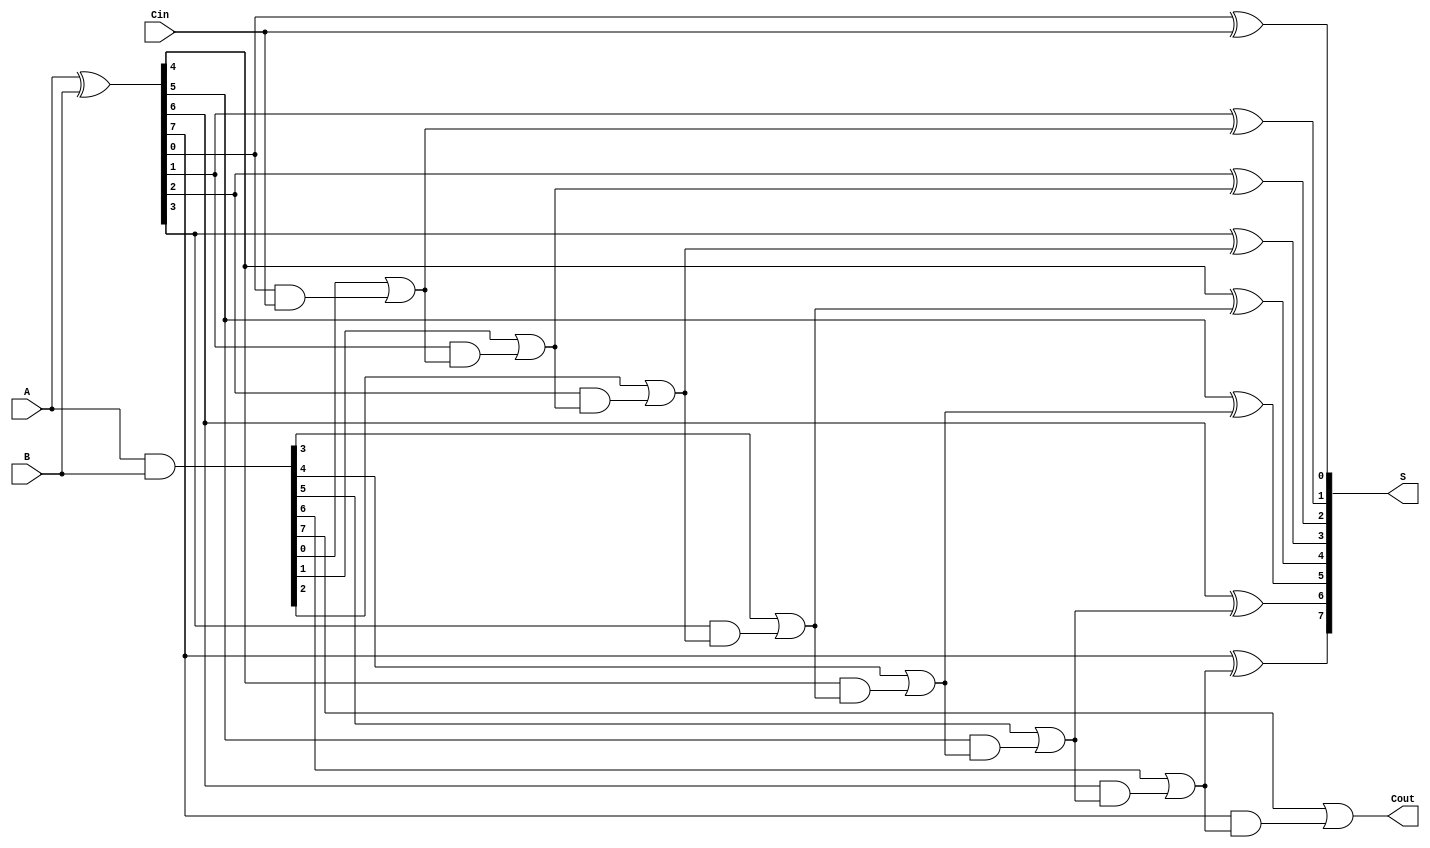
module KoggeStoneAdder #(parameter N = 8) (
    input  [N-1:0] A,      // First input
    input  [N-1:0] B,      // Second input
    input         Cin,      // Input carry
    output [N-1:0] S,       // Sum output
    output        Cout      // Output carry
);

// Generate and Propagate signals
wire [N-1:0] G; // Generate
wire [N-1:0] P; // Propagate
wire [N:0] C;    // Carry signals

// Compute Generate and Propagate signals
assign G = A & B;
assign P = A ^ B;

// Initial carry
assign C[0] = Cin;

// Stage 0: Compute carry signals
genvar i;
generate
    for (i = 0; i < N; i = i + 1) begin : stage0
        assign C[i+1] = G[i] | (P[i] & C[i]);
    end
endgenerate

// Sum calculation
generate
    for (i = 0; i < N; i = i + 1) begin : sum_calc
        assign S[i] = P[i] ^ C[i];
    end
endgenerate

// Output carry
assign Cout = C[N];

// End of KoggeStoneAdder
endmodule